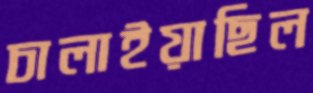
চালাইয়াছিল